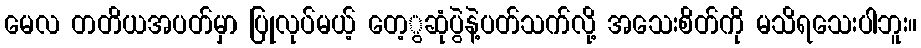
မေလ တတိယအပတ်မှာ ပြုလုပ်မယ့် တေ့ွဆုံပွဲနဲ့ပတ်သက်လို့ အသေးစိတ်ကို မသိရသေးပါဘူး။